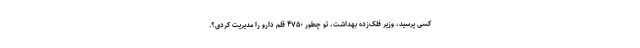
کسی پرسید، وزیر فلک‌زده بهداشت، تو چطور ۴۷۵۰ قلم دارو را مدیریت کردی؟.